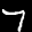
Label: 7